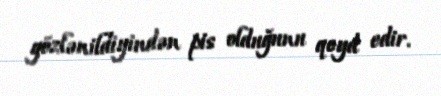
gözlənildiyindən pis olduğunu qeyd edir.